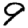
Digit: 9